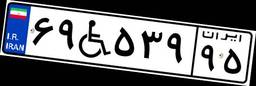
۶۹W۵۳۹۹۵